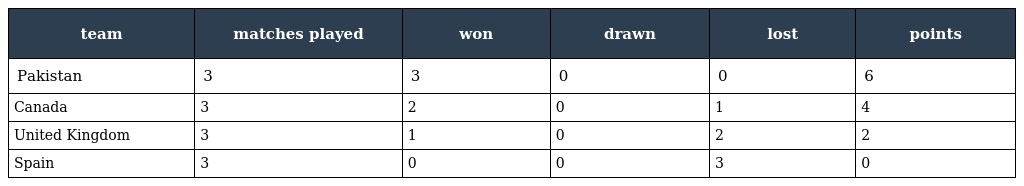
| team | matches played | won | drawn | lost | points |
 | --- | --- | --- | --- | --- | --- |
 | Pakistan | 3 | 3 | 0 | 0 | 6 |
 | Canada | 3 | 2 | 0 | 1 | 4 |
 | United Kingdom | 3 | 1 | 0 | 2 | 2 |
 | Spain | 3 | 0 | 0 | 3 | 0 |